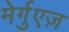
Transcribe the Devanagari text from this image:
मेर्गुएज़